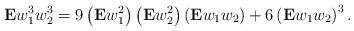
LaTeX: \begin{align*} \mathbf{E} w_1^3 w_2^3 = 9 \left( \mathbf{E} w_1^2 \right)\left( \mathbf{E} w_2^2 \right) \left( \mathbf{E} w_1 w_2 \right) + 6\left( \mathbf{E} w_1 w_2 \right)^3. \end{align*}